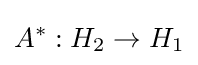
A^{*}:H_{2}\to H_{1}